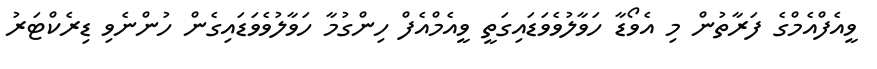
ވީއެފްއެމްގެ ފަރާތުން މި އެވޯޑާ ހަވާލުވެވަޑައިގަތީ ވީއެމްއެފް ހިންގުމާ ހަވާލުވެވަޑައިގެން ހުންނެވި ޑިރެކްޓަރު